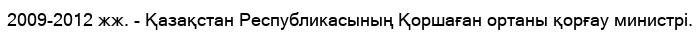
2009-2012 жж. - Қазақстан Республикасының Қоршаған ортаны қорғау министрі.